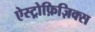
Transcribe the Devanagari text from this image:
ऐस्ट्रोफ़िज़िक्स